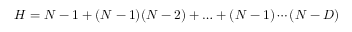
H = N - 1 + ( N - 1 ) ( N - 2 ) + \ldots + ( N - 1 ) \cdots ( N - D )